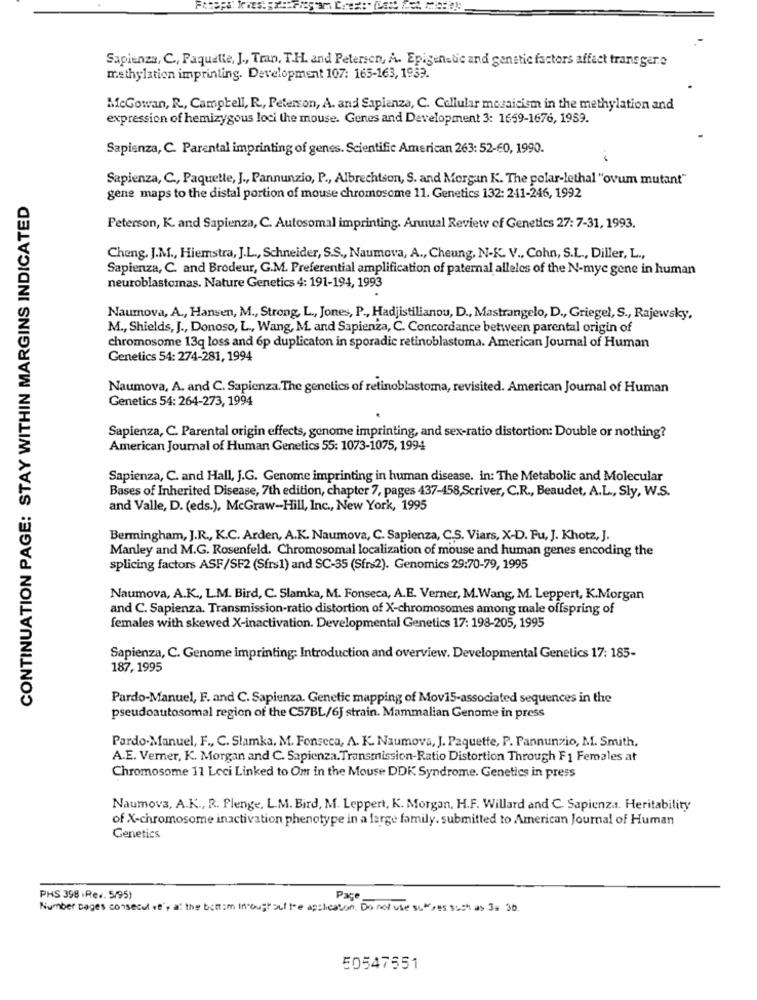
Sapienza, C ., Paquette, J ., Tran, T.H. and Petersen, A. Epigenetic and genetic factors affect trans gere
methylation imprinting. Development 107: 165-163, 1933.
McGowan, R ., Campbell, R ., Peterson, A. and Sapienza, C. Collular mozaicism in the methylation and
expression of hemizygous loci the mouse. Genes and Development 3: 1659-1676, 1959.
Sapienza, C. Parental imprinting of genes. Scientific American 263: 52-60, 1990.
Sapienza, C ., Paquette, J ., Pannunzio, P ., Albrechtson, S. and Morgan K. The polar-lethal "ovum mutant"
CONTINUATION PAGE: STAY WITHIN MARGINS INDICATED
gene maps to the distal portion of mouse chromosome 11. Genetics 132: 241-246, 1992
Peterson, K. and Sapienza, C. Autosomal imprinting. Annual Review of Genetics 27: 7-31, 1993.
Cheng. J.M ., Hiemstra, J.L ., Schneider, S.S ., Naumova, A ., Cheung, N-K. V ., Cohn, S.L ., Diller, L .,
Sapienza, C. and Brodeur, G.M. Preferential amplification of paternal alleles of the N-mye gene in human
neuroblastomas. Nature Genetics 4: 191-194, 1993
Naumova, A ., Hansen, M ., Strong, L ., Jones, P ., Hadjistilianou, D ., Mastrangelo, D ., Griegel, S ., Rajewsky,
M ., Shields, J ., Donoso, L ., Wang, M. and Sapienza, C. Concordance between parental origin of
chromosome 13q loss and 6p duplicaton in sporadic retinoblastoma. American Journal of Human
Genetics 54: 274-281, 1994
Naumova, A. and C. Sapienza. The genetics of retinoblastoma, revisited. American Journal of Human
Genetics 54: 264-273, 1994
Sapienza, C. Parental origin effects, genome imprinting, and sex-ratio distortion: Double or nothing?
American Journal of Human Genetics 55: 1073-1075, 1994
Sapienza, C. and Hall, J.G. Genome imprinting in human disease. in: The Metabolic and Molecular
Bases of Inherited Disease, 7th edition, chapter 7, pages 437-458,Scriver, C.R ., Beaudet, A.L ., Sly, W.S.
and Valle, D. (eds.), McGraw-Hill, Inc ., New York, 1995
Bermingham, J.R ., K.C. Arden, A.K. Naumova, C. Sapienza, C.S. Viars, X-D. Fu, J. Khotz, J.
Manley and M.G. Rosenfeld. Chromosomal localization of mouse and human genes encoding the
splicing factors ASF/SF2 (Sfrs1) and SC-35 (Sfrs2). Genomics 29:70-79, 1995
Naumova, A.K ., L.M. Bird, C. Slamka, M. Fonseca, A.E. Verner, M.Wang, M. Leppert, K.Morgan
and C. Sapienza. Transmission-ratio distortion of X-chromosomes among male offspring of
females with skewed X-inactivation. Developmental Genetics 17: 198-205, 1995
Sapienza, C. Genome imprinting: Introduction and overview. Developmental Genetics 17: 185-
187, 1995
Pardo-Manuel, F. and C. Sapienza. Genetic mapping of Mov15-associated sequences in the
pseudoautosomal region of the C57BL/6J strain. Mammalian Genome in press
Pardo.Manuel, F ., C. Slamka, M. Fonseca, A. K. Naumova, J. Paquette, P. Pannunzio, M. Smith,
A.E. Verner, K. Morgan and C. Sapienza.Transmission-Ratio Distortion Through F1 Females at
Chromosome 11 Leci Linked to Om in the Mouse DDK Syndrome. Genetics in press
Naumova, A.K ., R. Plenge, L.M. Bird, M. Leppert, K. Morgan, H.F. Willard and C. Sapienza. Heritability
of X-chromosome inactivation phenotype in a large family. submitted to American Journal of Human
Genetics
PHS 398 . Rev. 5/95)
Pace
Number Dages consecut ve', at the bottom In oughouf fee applicaton. Do not use suMes such as 3a 30.
50547551